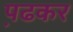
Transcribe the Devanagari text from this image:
प़ढकर